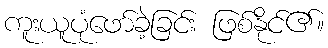
ကူးယူပုံဖော်ခဲ့ခြင်း ဖြစ်နိုင်၏။